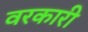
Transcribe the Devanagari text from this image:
वरकारी